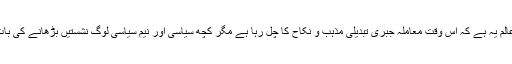
نا سمجھی کا عالم یہ ہے کہ اس وقت معاملہ جبری تبدیلی مذہب و نکاح کا چل رہا ہے مگر کچھ سیاسی اور نیم سیاسی لوگ نشستیں بڑھانے کی بات کررہے ہیں۔